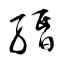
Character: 緡